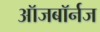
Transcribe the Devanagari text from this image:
ऑजबॉर्नज